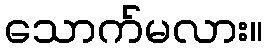
သောက်မလား။